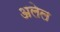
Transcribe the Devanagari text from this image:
अलेल